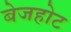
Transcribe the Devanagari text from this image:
बेजहोट